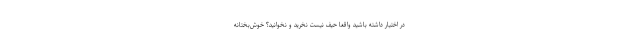
در اختیار داشته باشید واقعاً حیف نیست نخرید و نخوانید؟ خوش‌بختانه